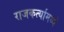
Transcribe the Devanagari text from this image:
राजकर्त्यामध्ये